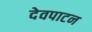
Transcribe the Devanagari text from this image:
देवपाटन